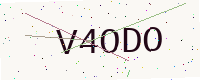
Text: V4ODO